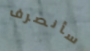
سأنصرف